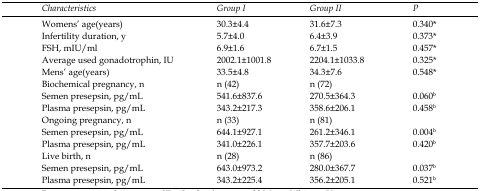
| Characteristics | Group I | Group II | P |
 | --- | --- | --- | --- |
 | Womens’ age(years) | 30.3±4.4 | 31.6±7.3 | 0.340* |
 | Infertility duration, y | 5.7±4.0 | 6.4±3.9 | 0.373* |
 | FSH, mIU/ml | 6.9±1.6 | 6.7±1.5 | 0.457* |
 | Average used gonadotrophin, IU | 2002.1±1001.8 | 2204.1±1033.8 | 0.325* |
 | Mens’ age(years) | 33.5±4.8 | 34.3±7.6 | 0.548* |
 | Biochemical pregnancy, n | n (42) | n (72) |  |
 | Semen presepsin, pg/mL | 541.6±837.6 | 270.5±364.3 | 0.060b |
 | Plasma presepsin, pg/mL | 343.2±217.3 | 358.6±206.1 | 0.458b |
 | Ongoing pregnancy, n | n (33) | n (81) |  |
 | Semen presepsin, pg/mL | 644.1±927.1 | 261.2±346.1 | 0.004b |
 | Plasma presepsin, pg/mL | 341.0±226.1 | 357.7±203.6 | 0.420b |
 | Live birth, n | n (28) | n (86) |  |
 | Semen presepsin, pg/mL | 643.0±973.2 | 280.0±367.7 | 0.037b |
 | Plasma presepsin, pg/mL | 343.2±225.4 | 356.2±205.1 | 0.521b |